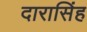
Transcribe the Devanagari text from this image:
दारासिंह